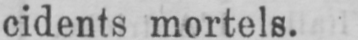
cidents mortels.